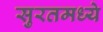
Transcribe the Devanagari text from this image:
सुरतमध्ये